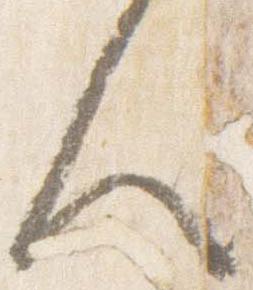
人